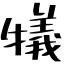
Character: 犠